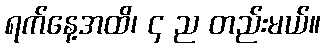
ရက်နေ့အထိ၊ ၄ ည တည်းမယ်။